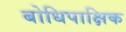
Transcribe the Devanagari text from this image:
बोधिपाक्षिक